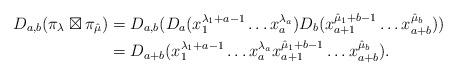
LaTeX: \begin{align*}D_{a,b}(\pi_{\lambda}\boxtimes\pi_{\hat{\mu}}) & = D_{a,b}(D_a(x_1^{\lambda_1+a-1}\dots x_a^{\lambda_a})D_b(x_{a+1}^{\hat{\mu}_1+b-1}\dots x_{a+b}^{\hat{\mu}_b}))\\&=D_{a+b}(x_1^{\lambda_1+a-1}\dots x_a^{\lambda_a}x_{a+1}^{\hat{\mu}_1+b-1}\dots x_{a+b}^{\hat{\mu}_b}).\end{align*}